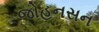
જોહનસન